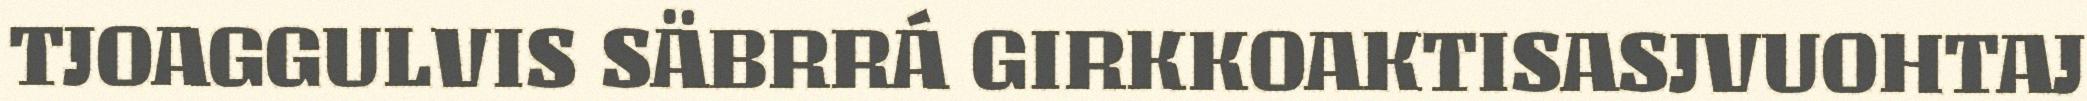
TJOAGGULVIS SÄBRRÁ GIRKKOAKTISASJVUOHTAJ